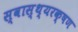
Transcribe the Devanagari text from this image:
स्वास्थ्यरक्षण